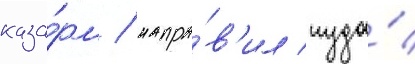
каза́рм / напра́в'ил туда́